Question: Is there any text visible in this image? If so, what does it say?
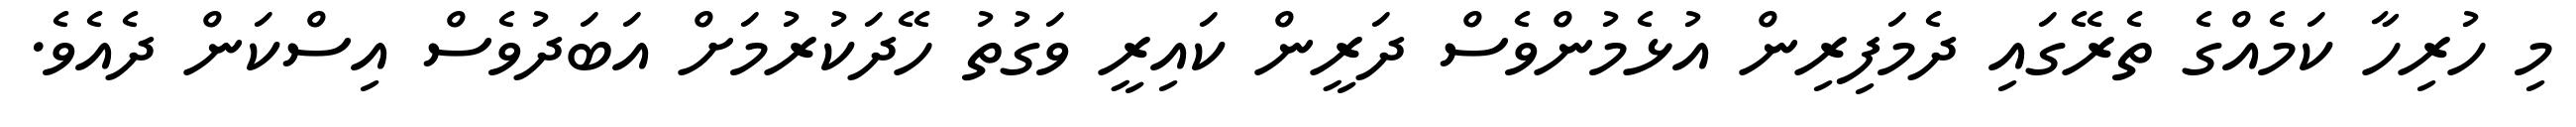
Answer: މި ހުރިހާ ކަމެއްގެ ތެރޭގައި ދެމަފިރިން އުޅެމުންވެސް ދަރީން ކައިރީ ވަގުތު ހޭދަކުރުމަށް އަބަދުވެސް އިސްކަން ދެއެވެ.